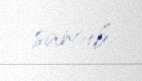
sancıb.